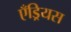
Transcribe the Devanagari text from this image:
एँड्रियस